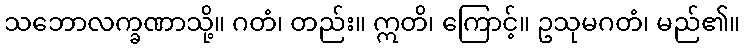
သဘောလက္ခဏာသို့။ ဂတံ၊ တည်း။ ဣတိ၊ ကြောင့်။ ဥသုမဂတံ၊ မည်၏။